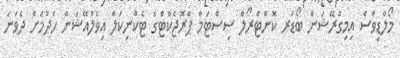
މޯލްޑިވްސް އިމިގްރޭޝަން ބޯޑަރ ކޮންޓްރޯލް ސިސްޓަމް ޕްރޮޖެކްޓްގެ ޓެކްނިކަލް އިވެލުއޭޝަން ހެދުމަށް ދެވަނަ